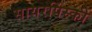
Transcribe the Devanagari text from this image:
सायरपिंस्की